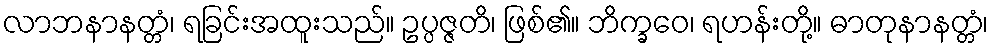
လာဘနာနတ္တံ၊ ရခြင်းအထူးသည်။ ဥပ္ပဇ္ဇတိ၊ ဖြစ်၏။ ဘိက္ခဝေ၊ ရဟန်းတို့။ ဓာတုနာနတ္တံ၊